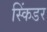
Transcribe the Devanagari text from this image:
स्किंडर